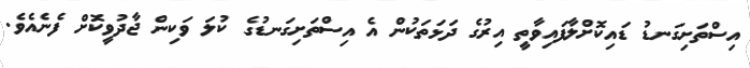
އިސްތަށިގަނޑު ޑައިކޮށްލާފައިވާތީ އިރުގެ ދަޅަތަކުން އެ އިސްތަށިގަނޑުގެ ކުލަ ވަކިން ޖާދުވީކޮށް ފެނެއެވެ.